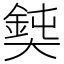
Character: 𡚃